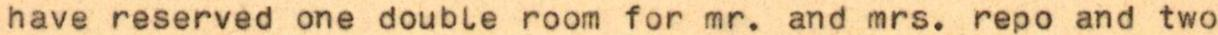
have reserved one double room for mr. and mrs. repo and two